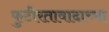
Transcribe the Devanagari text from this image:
फुटीरतावादाच्या